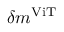
\delta m ^ { \mathrm { V i T } }